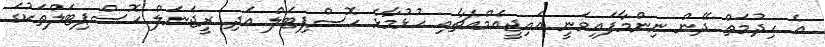
އެ ހިދުމަތް ދޭން ނިންމާފައިވަނީ އައިޖީއެމްއެޗާއި ހުޅުމާޅެ ހޮސްޕިޓަލް އަދި ރީޖަނަލް ހޮސްޕިޓަލްތަކުގަ